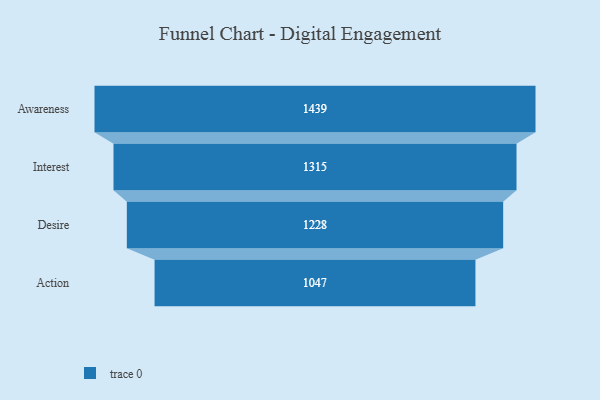
{"axis": {"x": "Stage", "y": "Value"}, "legend": [""], "data": [{"x": "Awareness", "y": 1439.0, "type": ""}, {"x": "Interest", "y": 1315.0, "type": ""}, {"x": "Desire", "y": 1228.0, "type": ""}, {"x": "Action", "y": 1047.0, "type": ""}]}